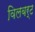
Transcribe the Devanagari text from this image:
विलबर्ट